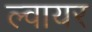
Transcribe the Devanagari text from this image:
ल्वायर